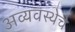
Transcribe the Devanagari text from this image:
अव्यवस्थेचे